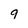
Character: 9